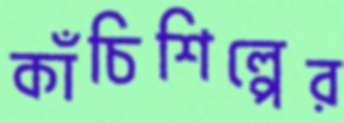
কাঁচিশিল্পের